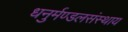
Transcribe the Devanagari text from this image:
धनुर्मण्डलसंस्थाय